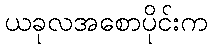
ယခုလအစောပိုင်းက